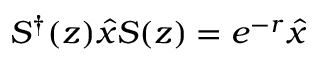
S ^ { \dagger } ( z ) \hat { x } S ( z ) = e ^ { - r } \hat { x }